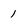
Character: 1